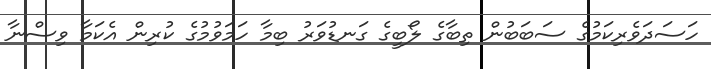
ހަސަދަވެރިކަމުގެ ސަބަބުން ތިބާގެ ލޯބީގެ ގަނޑުވަރު ބިމާ ހަމަވުމުގެ ކުރިން އެކަމާ ވިސްނާ